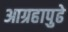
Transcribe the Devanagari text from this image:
आग्रहापुढे